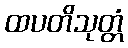
ထပတိသုတ္တံ